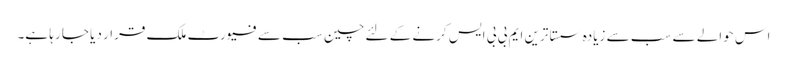
اس حوالے سے سب سے زیادہ سستا ترین ایم بی بی ایس کرنے کے لئے چین سب سے فیورٹ ملک قرار دیا جا رہا ہے۔